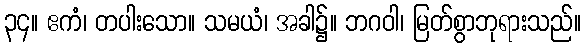
၃၄။ ဧကံ၊ တပါးသော။ သမယံ၊ အခါ၌။ ဘဂဝါ၊ မြတ်စွာဘုရားသည်။